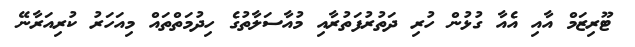
ޓޫރިޒަމް އާއި އެއާ ގުޅުން ހުރި ދަތުރުފަތުރާއި މުއާސަލާތުގެ ހިދުމަތްތައް މިއަހަރު ކުރިއަރާނޭ